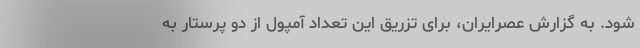
شود. به گزارش عصرایران، برای تزریق این تعداد آمپول از دو پرستار به